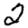
Digit: 2